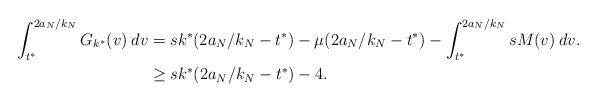
LaTeX: \begin{align*}\int_{t^*}^{2a_N/k_N} G_{k^*}(v) \: dv &= s k^* (2a_N/k_N - t^*) - \mu(2a_N/k_N - t^*) - \int_{t^*}^{2a_N/k_N} s M(v) \: dv. \\ &\geq sk^*(2a_N/k_N - t^*) - 4.\end{align*}